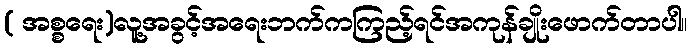
( အစ္စရေး)လူ့အခွင့်အရေးဘက်ကကြည့်ရင်အကုန်ချိုးဖောက်တာပါ။